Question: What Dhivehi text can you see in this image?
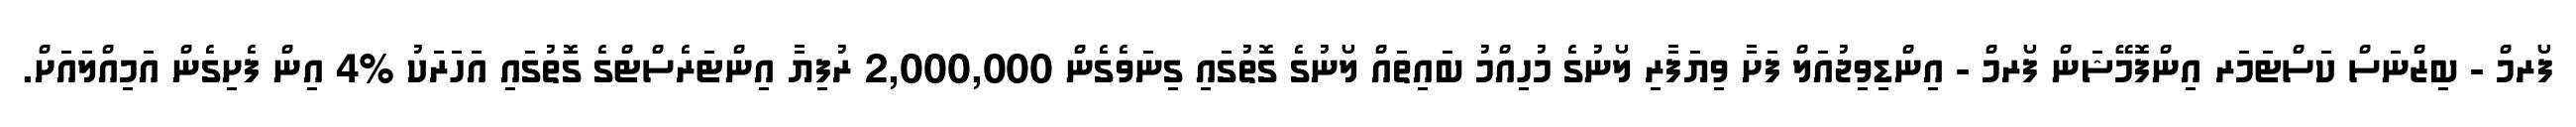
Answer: ފޯރމް - ބިޒްނަސް ކަސްޓަމަރ އިންފޮމޭޝަން ފޯރމް - އިންޑިވިޖުއަލް ފަށާ ވިޔަފާރި ލޯނުގެ މުހިއްމު ބައިތައް ލޯނުގެ ގޮތުގައި ގިނަވެގެން 2,000,000 ރުފިޔާ އިންޓަރެސްޓްގެ ގޮތުގައި އަހަރަކު %4 އިން ފެށިގެން އަމިއްލައަށް.